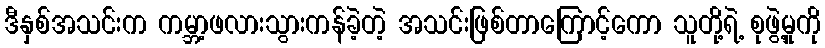
ဒီနှစ်အသင်းက ကမ္ဘာ့ဖလားသွားကန်ခဲ့တဲ့ အသင်းဖြစ်တာကြောင့်ကော သူတို့ရဲ့ စုဖွဲ့မှုကို